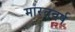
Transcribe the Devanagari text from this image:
मारतवर्ष